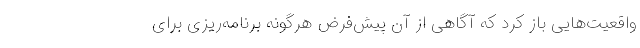
واقعیت‌هایی باز کرد که آگاهی از آن پیش‌فرض هرگونه برنامه‌ریزی برای